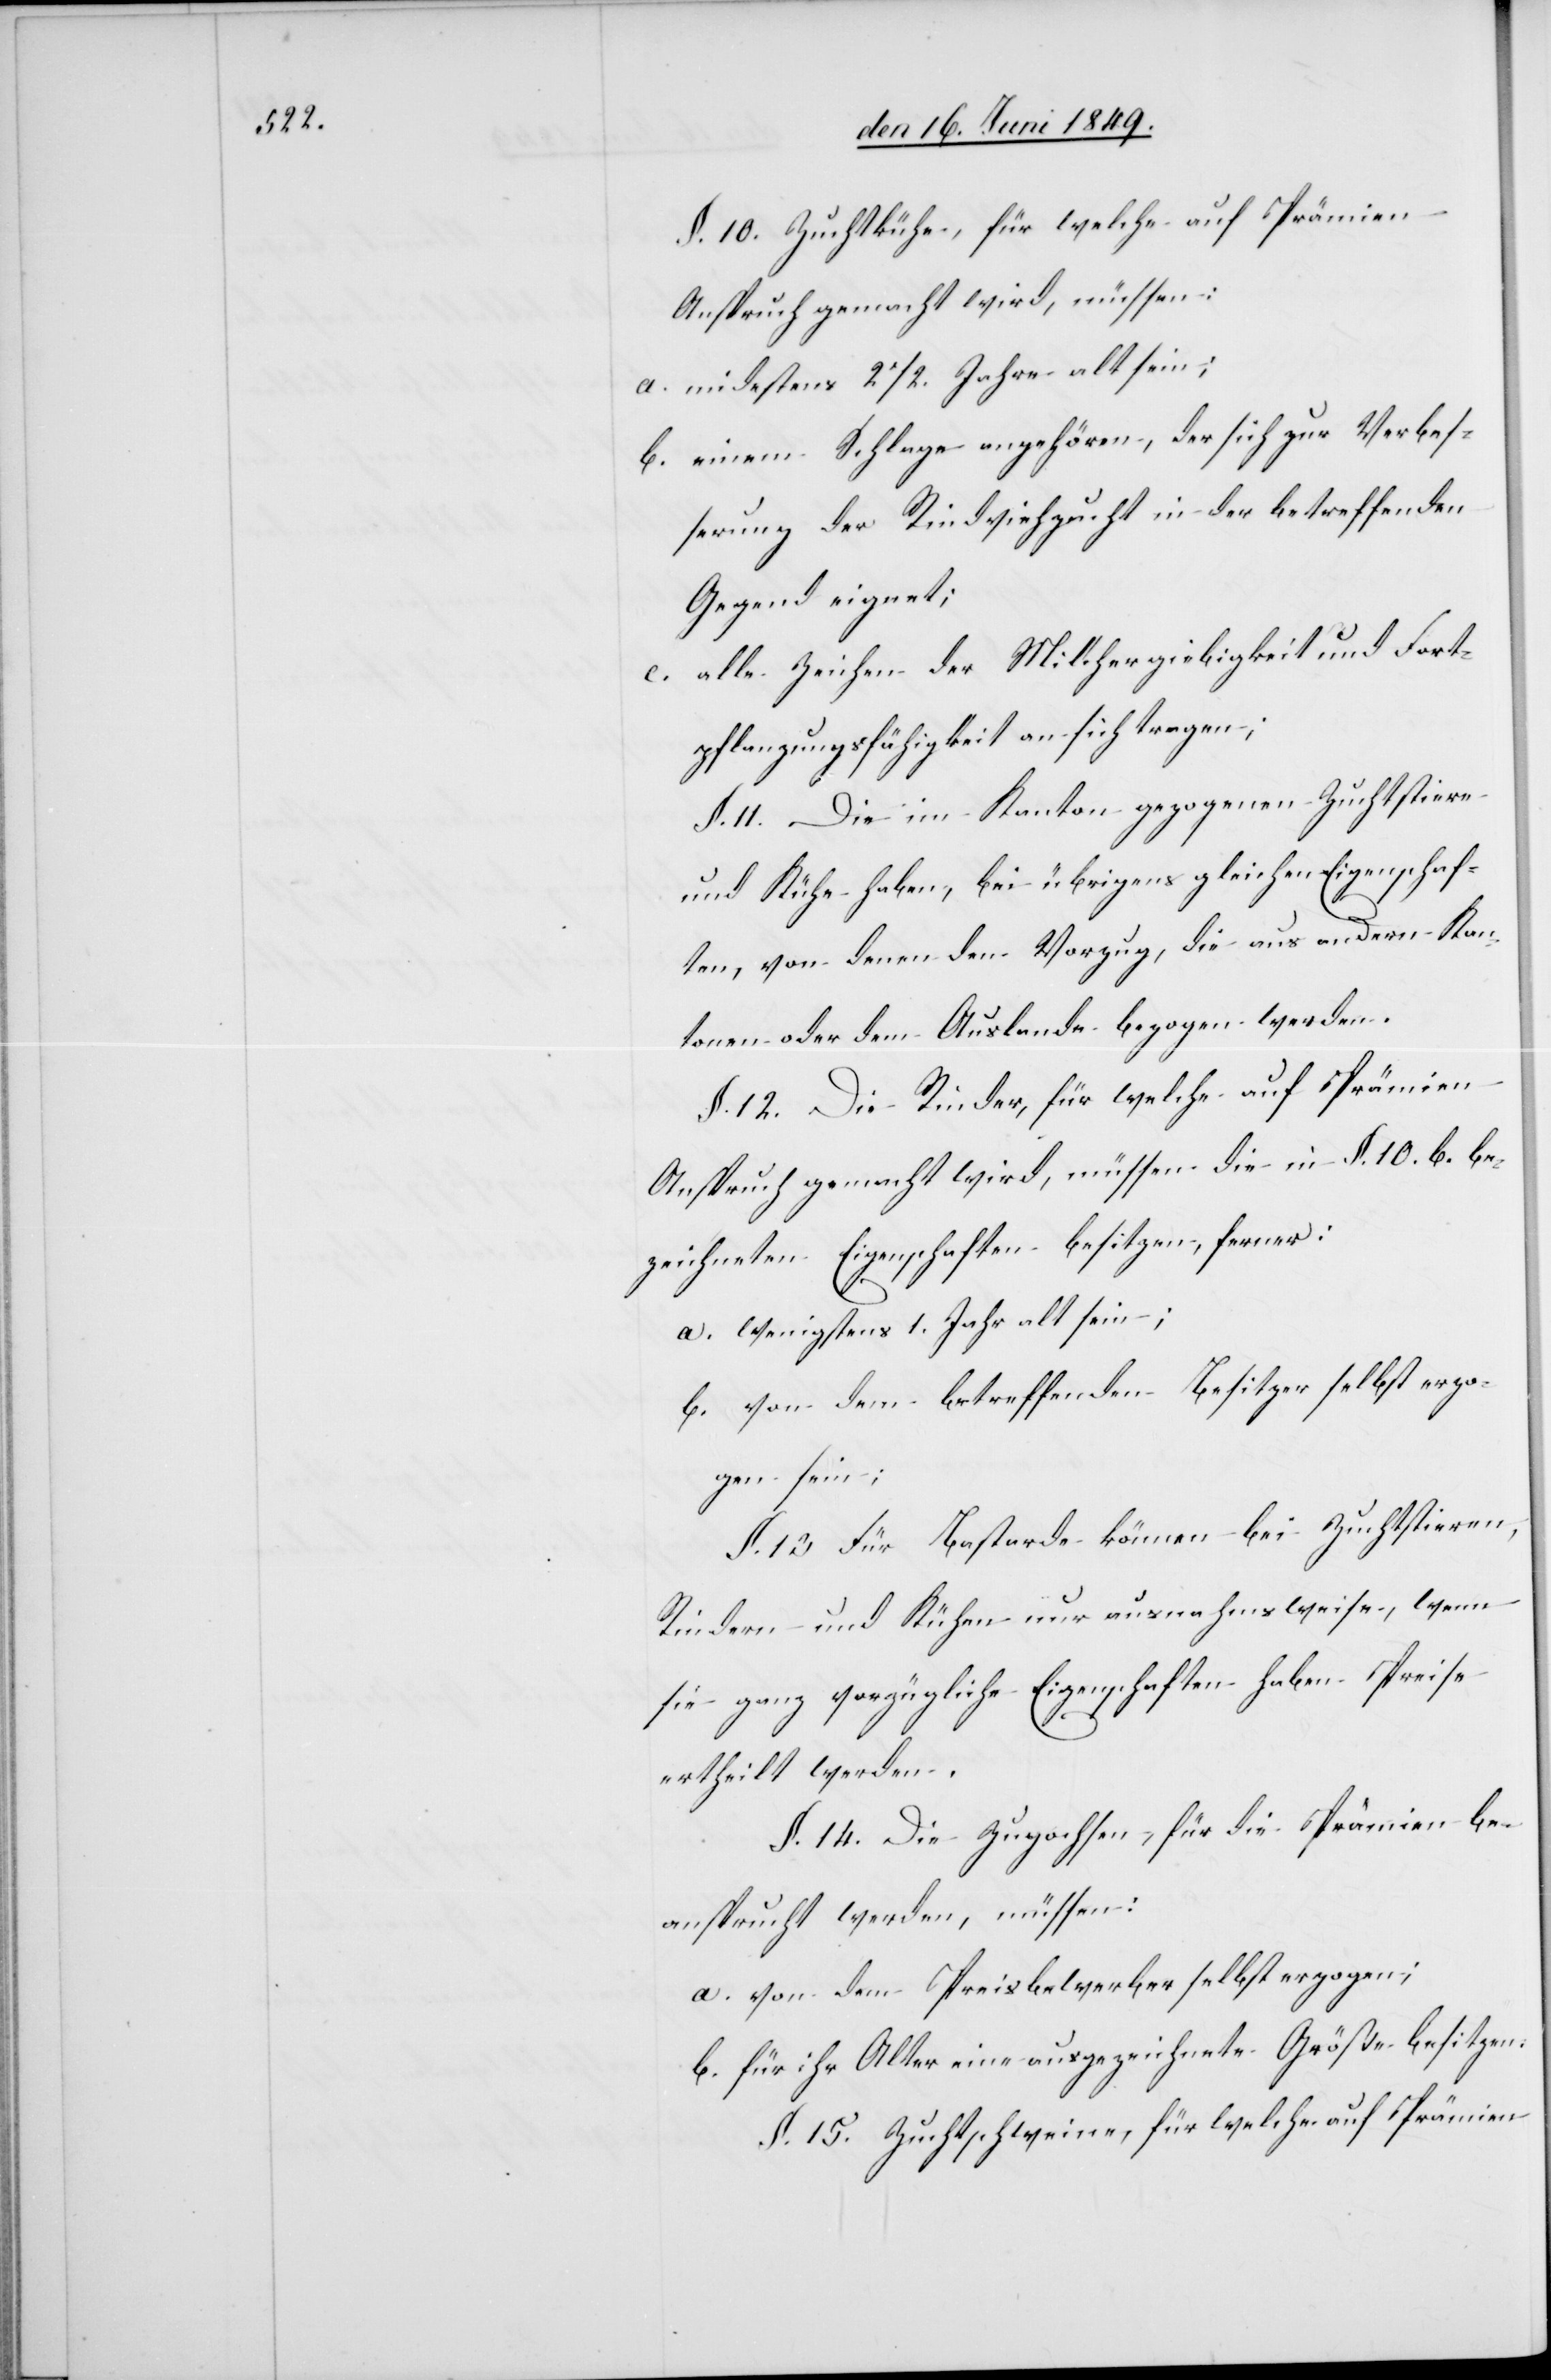
§. 10. Zuchtkühe, für welche auf Prämien
Anspruch gemacht wird, müssen:
a. mi[n]destens 2 1/2. Jahre alt sein:
b. einem Schlage angehören, der sich zur Verbes¬
serung der Rindviehzucht in der betreffenden
Gegend eignet;
c. alle Zeichen der Milchergiebigkeit und Fort¬
pflanzungsfähigkeit an sich tragen;
§. 11. Die im Kanton gezogenen Zuchtstiere
und Kühe haben, bei übrigens gleichen Eigenschaf¬
ten, von denen den Vorzug, die aus andern Kan¬
tonen oder dem Auslande bezogen werden.
§. 12. Die Rinder, für welche auf Prämien
Anspruch gemacht wird, müssen die in §. 10. b. be¬
zeichneten Eigenschaften besitzen, ferner:
a. wenigstens 1. Jahr alt sein;
b. von dem betreffenden Besitzer selbst erzo¬
gen sein;
§. 13. Für Bastarde können bei Zuchtstieren,
Rindern und Kühen nur ausnahmsweise, wenn
sie ganz vorzügliche Eigenschaften haben Preise
ertheilt werden.
§. 14. Die Zugochsen, für die Prämien be¬
ansprucht werden, müssen:
a. von dem Preisbewerber selbst erzogen:
b. für ihr Alter eine ausgezeichnete Größe besitzen.
§. 15. Zuchtschweine, für welche auf Prämien